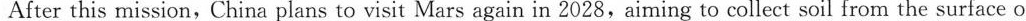
the planet and bring it to Earth. Around 2030, China will explore Jupiter and several asteroids,according